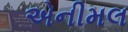
એનીમલ